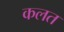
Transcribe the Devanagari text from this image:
कलत